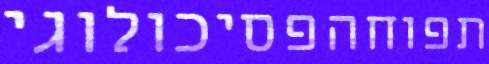
תפוחהפסיכולוגי